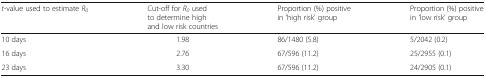
| t-value used to estimate R0 | Cut-off for R0 used to determine high and low risk countries | Proportion (%) positive in ‘high risk’ group | Proportion (%) positive in ‘low risk’ group |
 | --- | --- | --- | --- |
 | 10 days | 1.98 | 86/1480 (5.8) | 5/2042 (0.2) |
 | 16 days | 2.76 | 67/596 (11.2) | 25/2955 (0.1) |
 | 23 days | 3.30 | 67/596 (11.2) | 24/2905 (0.1) |